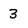
Character: 3